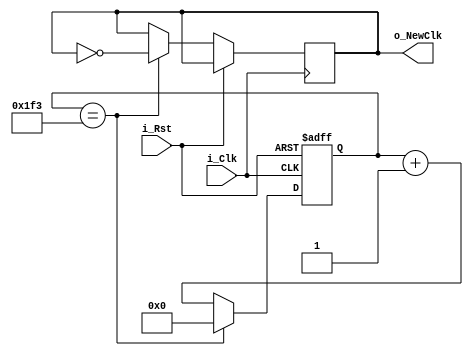
///////////////////////////////////////////////////////////////////////////////////////////////
// 
// Company: Frankfurt University of Applied Sciences
// 
// Last-modified Date: 01.04.2023
// Project Name: neuromorphic_test_bench
// Target Devices: Nexys A7-100T
// Tool Versions: Vivado 2022.2
// 
///////////////////////////////////////////////////////////////////////////////////////////////

module segment_clk_divider(
    input i_Clk,                // Clock - 10 MHz
    input i_Rst,                // Reset - Control signal
    output reg o_NewClk         // Clock - 10 kHz output to drive according modules
);

/////////////////////////////###PARAMETERS/REGISTERS###////////////////////////////////////////
parameter Divisor10kHz = 499;   // Parameter value corresponds to 0.1ms - Divisor = 10MHz/(2*desired frequency)-1
//-------------------------------------------------------------------------------------------//
reg [9:0] r_CounterClk = 0;     // Register to count to defined parameter value 
///////////////////////////////////////////////////////////////////////////////////////////////

always @ (posedge i_Clk or posedge i_Rst)        // Everytime the event inside the brackets occurs the following lines are executed
    begin
        if(i_Rst)               // Check if reset is pressed
            r_CounterClk <= 0;  // Set counter to zero
        else
            begin
                if(r_CounterClk == Divisor10kHz)    // The counter-register is compared to the defined parameter
                    begin
                        o_NewClk <= ~o_NewClk;      // Signal is flipped to generated a clocklike output signal
                        r_CounterClk <= 0;          // Set counter to zero
                    end
                else
                    begin
                        o_NewClk <= o_NewClk;               // Make sure the signal is stored until its flipped again
                        r_CounterClk <= r_CounterClk + 1;   // Increment counter
                    end     
            end  
    end
    
endmodule